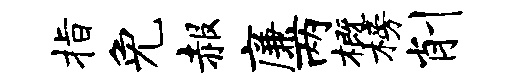
指免赧廉两概榜削